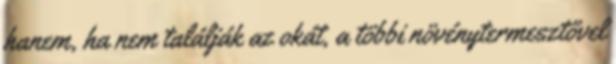
hanem, ha nem találják az okát, a többi növénytermesztővel